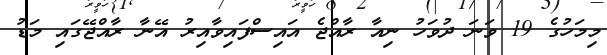
މިމަހުގެ 19 ވަނަ ދުވަހު ނިއާ ރާއްޖެ އައިސްފައިވާއިރު އޭނާ ރާއްޖޭގައި މަޑު